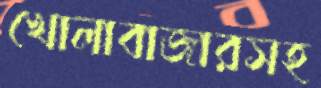
খোলাবাজারসহ